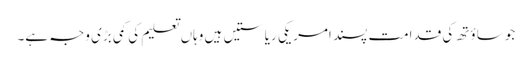
جو ساؤتھ کی قدامت پسند امریکی ریاستیں‌ ہیں وہاں تعلیم کی کمی بڑی وجہ ہے۔